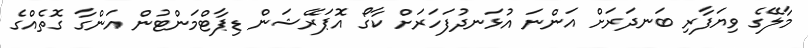
މާލޭގެ ވިޔަފާރި ބަނދަރަށް އަންނަ އުޅަނދުފަހަރަށް ކާގޯ އޮޕަރޭޝަން ޑިޕާޓްމަންޓުން އަންގާ ގޮތެއްގެ